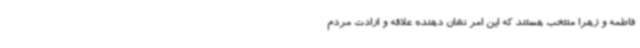
فاطمه و زهرا منتخب هستند که این امر نشان دهنده علاقه و ارادت مردم